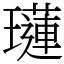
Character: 𤪼